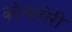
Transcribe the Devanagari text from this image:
कोलाबेरी